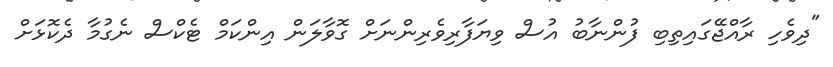
"ދިވެހި ރާއްޖޭގައިތިބި ފުންނާބު އުސް ވިޔަފާރިވެރިންނަށް ގޮވާލަން އިންކަމް ޓެކްސް ނެގުމާ ދެކޮޅަށް